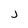
Character: j